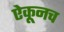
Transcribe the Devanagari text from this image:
ऐकूनच